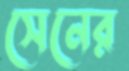
সেনের